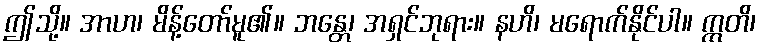
ဤသို့။ အာဟ၊ မိန့်တော်မူ၏။ ဘန္တေ၊ အရှင်ဘုရား။ နဟိ၊ မရောက်နိုင်ပါ။ ဣတိ၊